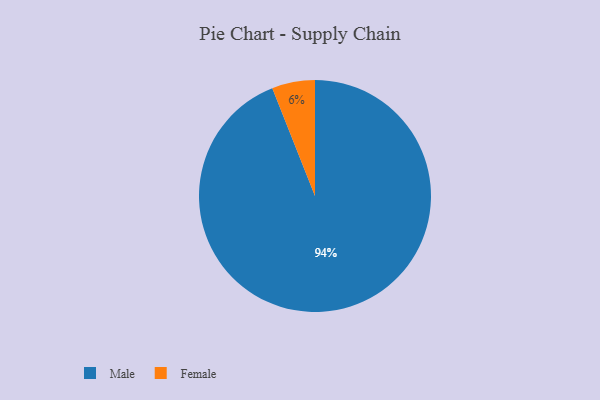
{"axis": {"x": "Category", "y": "Percentage"}, "legend": ["Female", "Male"], "data": [{"x": "Female", "y": 6, "type": "Female"}, {"x": "Male", "y": 94, "type": "Male"}]}